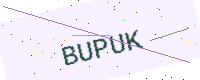
Text: BUPUK